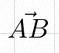
\vec{AB}